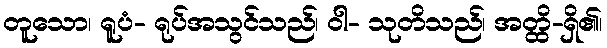
တူသော၊ ရူပံ- ရုပ်အသွင်သည်၊ ဝါ- သုတိသည်၊ အတ္ထိ-ရှိ၏၊